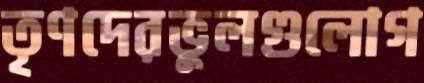
তৃণদেরভুলগুলোগ